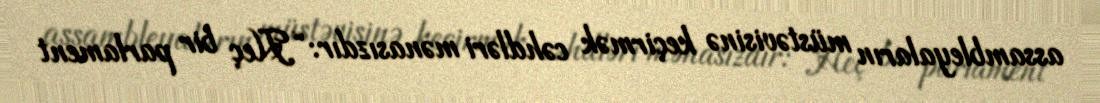
assambleyaların müstəvisinə keçirmək cəhdləri mənasızdır: “Heç bir parlament